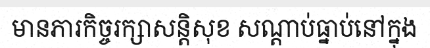
មានភារកិច្ចរក្សាសន្តិសុខ សណ្តាប់ធ្នាប់នៅក្នុង